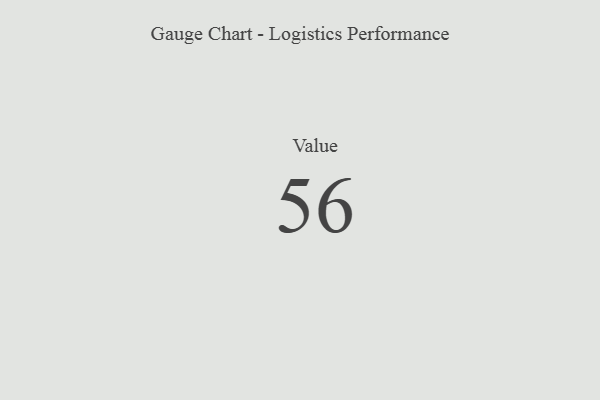
{"axis": {"x": "Metric", "y": "Value"}, "legend": [""], "data": [{"x": "Value", "y": 56, "type": ""}]}